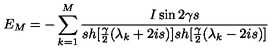
E _ { M } = - \sum _ { k = 1 } ^ { M } \frac { I \sin 2 \gamma s } { s h [ \frac { \gamma } { 2 } ( \lambda _ { k } + 2 i s ) ] s h [ \frac { \gamma } { 2 } ( \lambda _ { k } - 2 i s ) ] }